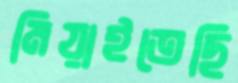
মিয়াইতেছি